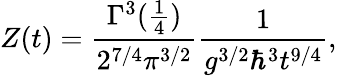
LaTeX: Z(t)={\frac{\Gamma^{3}({\frac{1}{4}})}{2^{7/4}\pi^{3/2}}}{\frac{1}{g^{3/2}\hbar^{3}t^{9/4}}},